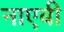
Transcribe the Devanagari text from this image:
नाएबी